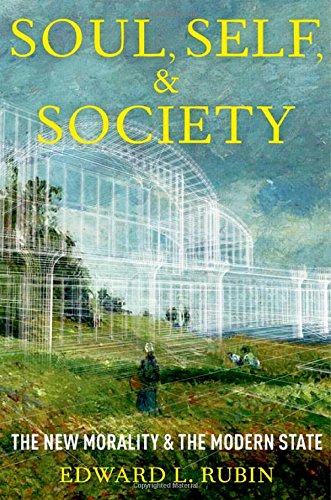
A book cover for Soul, Self, and Society: The New Morality and the Modern State; Edward L. Rubin; Law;